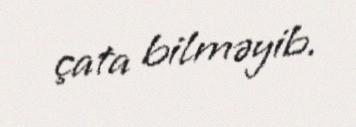
çata bilməyib.